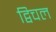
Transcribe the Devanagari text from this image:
द्विचल